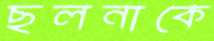
ছলনাকে